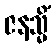
ဇနသ္မိံ